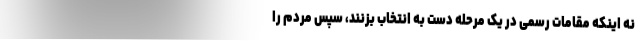
نه اینکه مقامات رسمی در یک مرحله دست به انتخاب بزنند، سپس مردم را